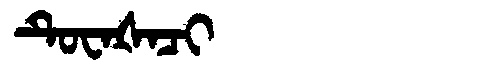
Manchu: ᡨᡠᠸᠠᡧᠠᠴᡳ
Romanization: TUWAŠACI